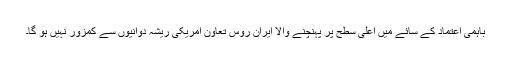
باہمی اعتماد کے سائے میں اعلی سطح پر پہنچنے والا ایران روس تعاون امریکی ریشہ دوانیوں سے کمزور نہیں ہو گا۔